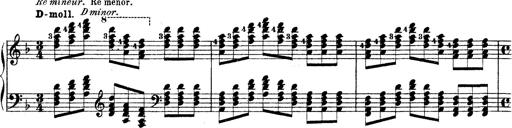
Title: Technische Studien
Composer: Franz Liszt